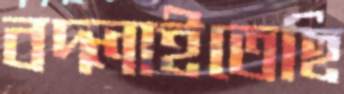
বদ্‌লাইতেছি